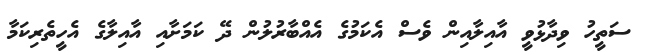
ސަތީހު ވިދާޅުވީ އާއިލާއިން ވެސް އެކަމުގެ އެއްބާރުލުން ދޭ ކަމަށާއި އާއިލާގެ އެހީތެރިކަމާ